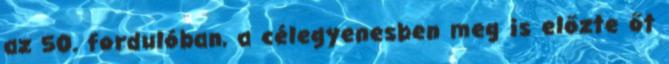
az 50. fordulóban, a célegyenesben meg is előzte őt